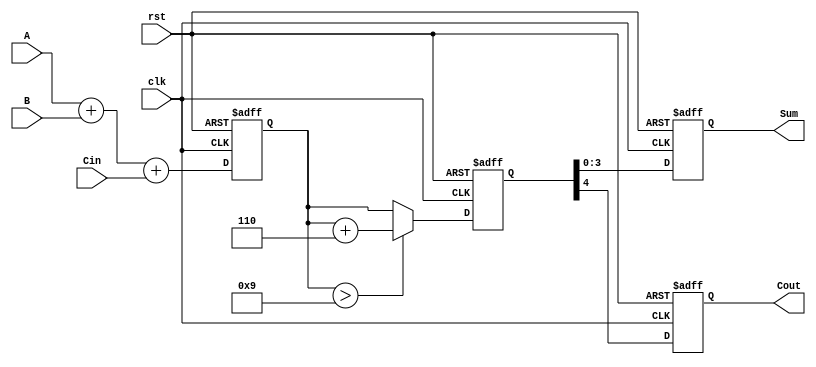
module BCD_Pipelined_Adder (
    input wire [3:0] A,       // BCD input A
    input wire [3:0] B,       // BCD input B
    input wire Cin,           // Carry-in
    input wire clk,           // Clock
    input wire rst,           // Reset
    output reg [3:0] Sum,     // BCD output Sum
    output reg Cout           // Carry-out
);

    // Intermediate signals
    reg [4:0] raw_sum;        // Raw sum (5 bits to accommodate carry)
    reg [4:0] corrected_sum;  // Corrected sum after BCD adjustment

    // Stage 1: Raw Addition
    always @(posedge clk or posedge rst) begin
        if (rst) begin
            raw_sum <= 5'b0;
        end else begin
            raw_sum <= A + B + Cin; // Add A, B and carry-in
        end
    end

    // Stage 2: BCD Correction
    always @(posedge clk or posedge rst) begin
        if (rst) begin
            corrected_sum <= 5'b0;
        end else begin
            // Check if raw_sum exceeds BCD range
            if (raw_sum > 9) begin
                corrected_sum <= raw_sum + 5'b0110; // Add 6 for BCD correction
            end else begin
                corrected_sum <= raw_sum; // No correction needed
            end
        end
    end

    // Stage 3: Output Stage
    always @(posedge clk or posedge rst) begin
        if (rst) begin
            Sum <= 4'b0;
            Cout <= 1'b0;
        end else begin
            Sum <= corrected_sum[3:0]; // Take the lower 4 bits as Sum
            Cout <= corrected_sum[4];   // Carry-out is the 5th bit
        end
    end

endmodule